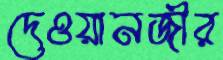
দেওয়ানজীর